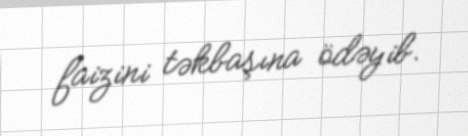
faizini təkbaşına ödəyib.